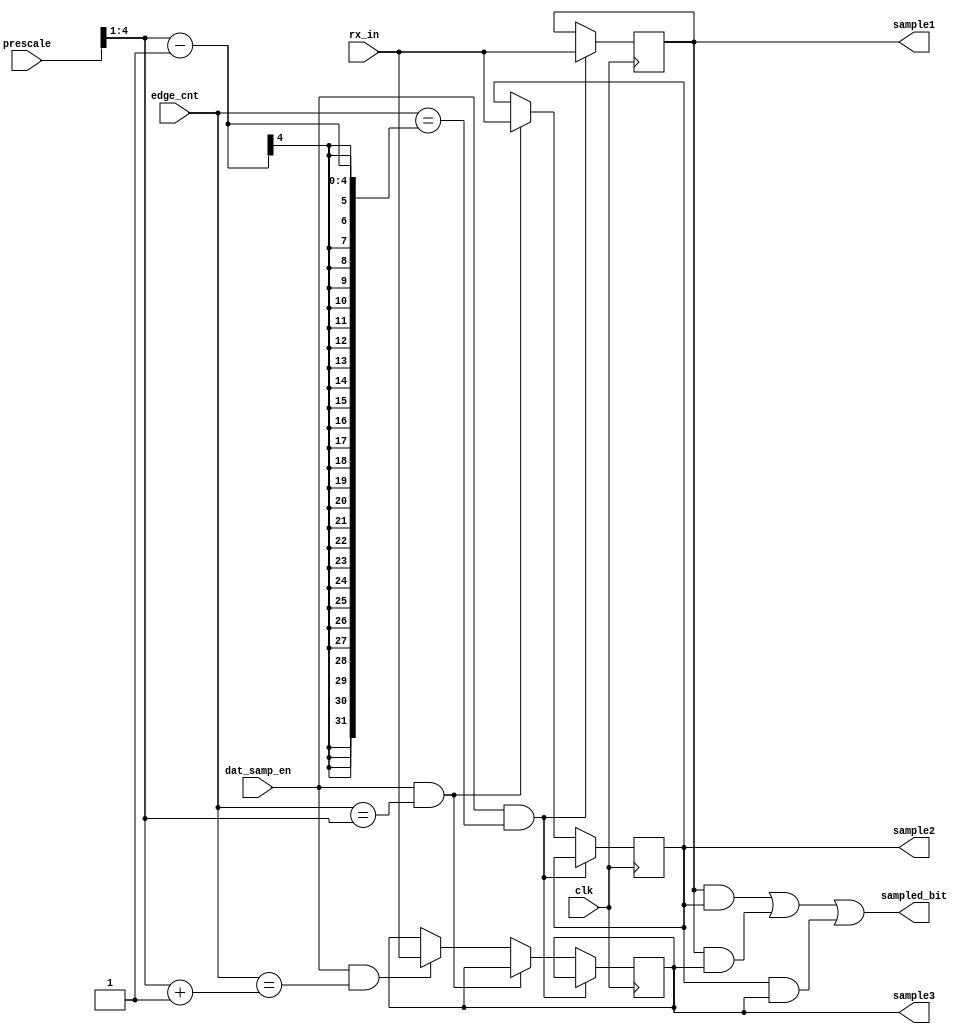
module sampling_data(
input wire clk,
input wire dat_samp_en,
input wire rx_in,
input wire [4:0] edge_cnt,
input wire [4:0]prescale,
output reg sample1 ,sample2 , sample3,
output reg sampled_bit
);


always@(posedge clk)
begin
  if(dat_samp_en && edge_cnt ==( prescale>>1)-1)
    sample1 <= rx_in;
  else if (dat_samp_en&& edge_cnt == prescale>>1)//
    sample2 <= rx_in;
  else if (dat_samp_en&& edge_cnt == (prescale>>1)+1)
    sample3 <= rx_in ;
end

always@(*)
begin
   sampled_bit = (sample1 & sample2) | (sample1 & sample3) | (sample2 & sample3);
end
endmodule